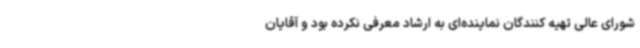
شورای عالی تهیه کنندگان نماینده‌ای به ارشاد معرفی نکرده بود و آقایان